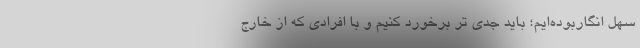
سهل انگاربوده‌ایم؛ باید جدی تر برخورد کنیم و با افرادی که از خارج